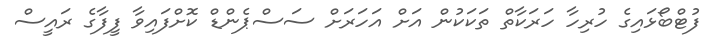
ފުޓްބޯޅައިގެ ހުރިހާ ހަރަކާތް ތަކަކުން އަށް އަހަރަށް ސަސްޕެންޑް ކޮށްފައިވާ ފީފާގެ ރައީސް